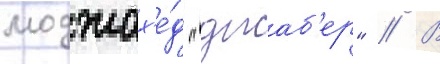
моджах'е́д "джаб'ер" // В